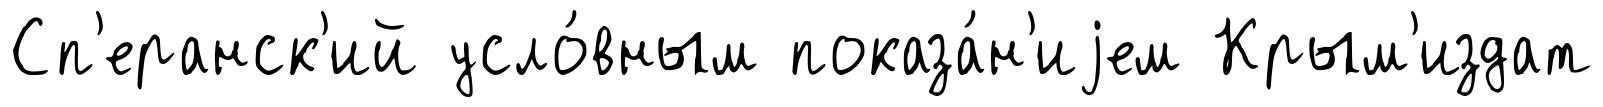
Сп'еранск'ий усло́вным показа́н'иjем Крым'издат